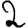
Digit: 2